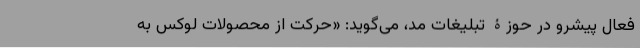
فعال پیشرو در حوزۀ تبلیغات مد، می‌گوید: «حرکت از محصولات لوکس به